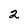
Character: 2